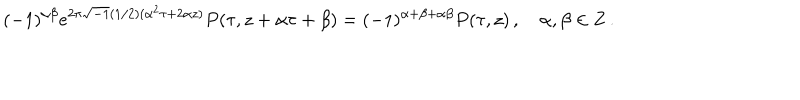
( - 1 ) ^ { \alpha \beta } e ^ { 2 \pi \sqrt { - 1 } ( 1 / 2 ) ( \alpha ^ { 2 } \tau + 2 \alpha z ) } P ( \tau , z + \alpha \tau + \beta ) = ( - 1 ) ^ { \alpha + \beta + \alpha \beta } P ( \tau , z ) \, , \quad \alpha , \beta \in { \bf Z } \, .